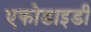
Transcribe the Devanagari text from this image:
एफोडाइडी